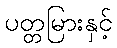
ပတ္တမြားနှင့်